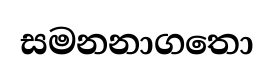
සමනනාගතො